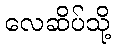
လေဆိပ်သို့